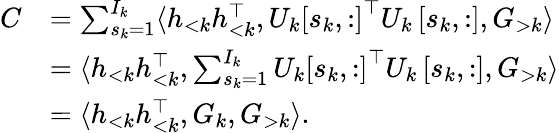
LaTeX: \begin{array}{rl}{C}&{=\sum_{s_{k}=1}^{I_{k}}\langle h_{<k}h_{<k}^{\top},U_{k}\left[s_{k},:\right]^{\top}U_{k}\left[s_{k},:\right],G_{>k}\rangle}\\ &{=\langle h_{<k}h_{<k}^{\top},\sum_{s_{k}=1}^{I_{k}}U_{k}\left[s_{k},:\right]^{\top}U_{k}\left[s_{k},:\right],G_{>k}\rangle}\\ &{=\langle h_{<k}h_{<k}^{\top},G_{k},G_{>k}\rangle.}\end{array}